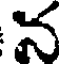
న